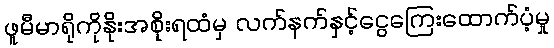
ဖူမီမာရိုကိုနိုးအစိုးရထံမှ လက်နက်နှင့်ငွေကြေးထောက်ပံ့မှု